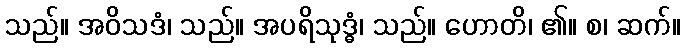
သည်။ အဝိသဒံ၊ သည်။ အပရိသုဒ္ဓံ၊ သည်။ ဟောတိ၊ ၏။ စ၊ ဆက်။